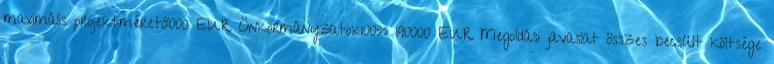
maximális projektméret8000 EUR▪Önkormányzatok100% 190000 EUR▪Megoldási javaslat összes becsült költsége